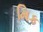
મિક